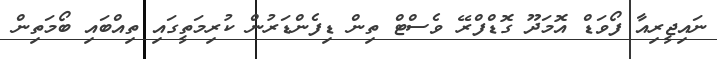
ނައިޖީރިއާ ފޯވަޑް އޮމަދޫ ގޮޑްފްރޭ ވެސްޓް ތިން ޑިފެންޑަރުން ކުރިމަތީގައި ތިއްބައި ބޯމަތިން